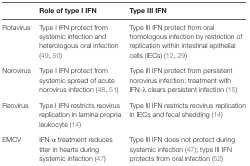
|  | Role of type I IFN | Type III IFN |
 | --- | --- | --- |
 | Rotavirus | Type I IFN protect from systemic infection and heterologous oral infection (49, 50) | Type III IFN protect from oral homologous infection by restriction of replication within intestinal epithelial cells (IECs) (12, 29) |
 | Norovirus | Type I IFN protect from systemic spread of acute norovirus infection (48, 51) | Type III IFN protect from persistent norovirus infection; treatment with IFN-λ clears persistent infection (15) |
 | Reovirus | Type I IFN restricts reovirus replication in lamina propria leukocyte (14) | Type III IFN restricts reovirus replication in IECs and fecal shedding (14) |
 | EMCV | IFN-α treatment reduces titer in hearts during systemic infection (47) | Type III IFN does not protect during systemic infection (47); type III IFN protects from oral infection (52) |